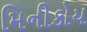
મિનીકોય